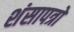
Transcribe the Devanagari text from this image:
शंसापत्रों